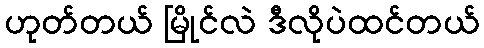
ဟုတ်တယ် မြိုင်လဲ ဒီလိုပဲထင်တယ်